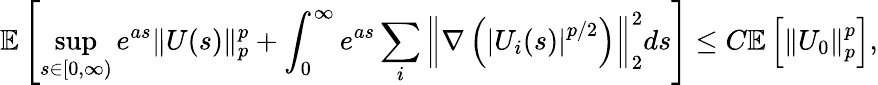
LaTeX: \mathbb{E}\left[\operatorname*{sup}_{s\in[0,\infty)}e^{as}\| U(s)\| _{p}^{p}+\int_{0}^{\infty}e^{as}\sum_{i}\left\| \nabla\left(\left|U_{i}(s)\right|^{p/2}\right)\right\| _{2}^{2}ds\right]\leq C\mathbb{E}\left[\left\| U_{0}\right\| _{p}^{p}\right],